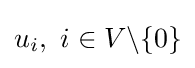
u_{i},~i\in V\backslash \{0\}